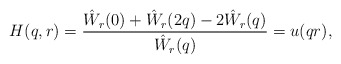
\begin{align*}H(q,r) = \frac{\hat W_r(0) + \hat W_r(2q) - 2\hat W_r(q)}{\hat W_r(q)} = u(qr),\end{align*}